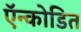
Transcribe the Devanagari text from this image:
ऍन्कोडित